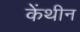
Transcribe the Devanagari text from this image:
केंथीन